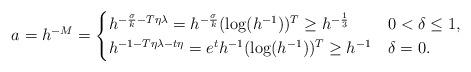
LaTeX: \begin{align*} a = h^{-M} = \begin{cases} h^{-\frac{\sigma}{k} - T\eta \lambda} = h^{-\frac{\sigma}{k}} (\log(h^{-1}))^T \ge h^{-\frac{1}{3}} & 0 < \delta \le 1, \\ h^{-1- T\eta \lambda - t\eta} = e^{t} h^{-1} (\log(h^{-1}))^T \ge h^{-1} & \delta = 0. \end{cases} \end{align*}